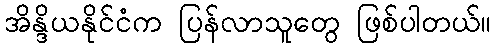
အိန္ဒိယနိုင်ငံက ပြန်လာသူတွေ ဖြစ်ပါတယ်။